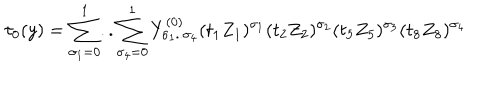
\tau _ { 0 } ( y ) = \sum _ { \sigma _ { 1 } = 0 } ^ { 1 } . . \sum _ { \sigma _ { 4 } = 0 } ^ { 1 } Y _ { \sigma _ { 1 } . . \sigma _ { 4 } } ^ { ( 0 ) } ( t _ { 1 } Z _ { 1 } ) ^ { \sigma _ { 1 } } ( t _ { 2 } Z _ { 2 } ) ^ { \sigma _ { 2 } } ( t _ { 5 } Z _ { 5 } ) ^ { \sigma _ { 3 } } ( t _ { 8 } Z _ { 8 } ) ^ { \sigma _ { 4 } }